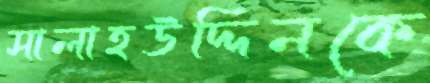
সালাহউদ্দিনকে